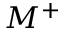
M ^ { + }